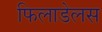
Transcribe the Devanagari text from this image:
फिलाडेलस